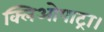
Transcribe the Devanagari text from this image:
क्लिओपाट्रा।